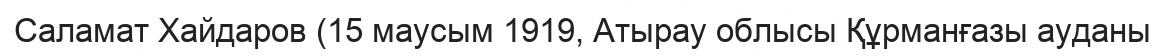
Саламат Хайдаров (15 маусым 1919, Атырау облысы Құрманғазы ауданы